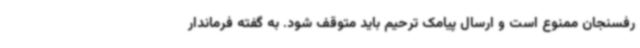
رفسنجان ممنوع است و ارسال پیامک ترحیم باید متوقف شود. به گفته فرماندار